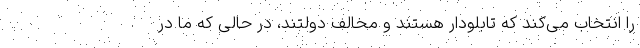
را انتخاب می‌کند که تابلودار هستند و مخالف دولتند، در حالی که ما در